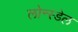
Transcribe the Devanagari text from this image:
लोन्स्डेल